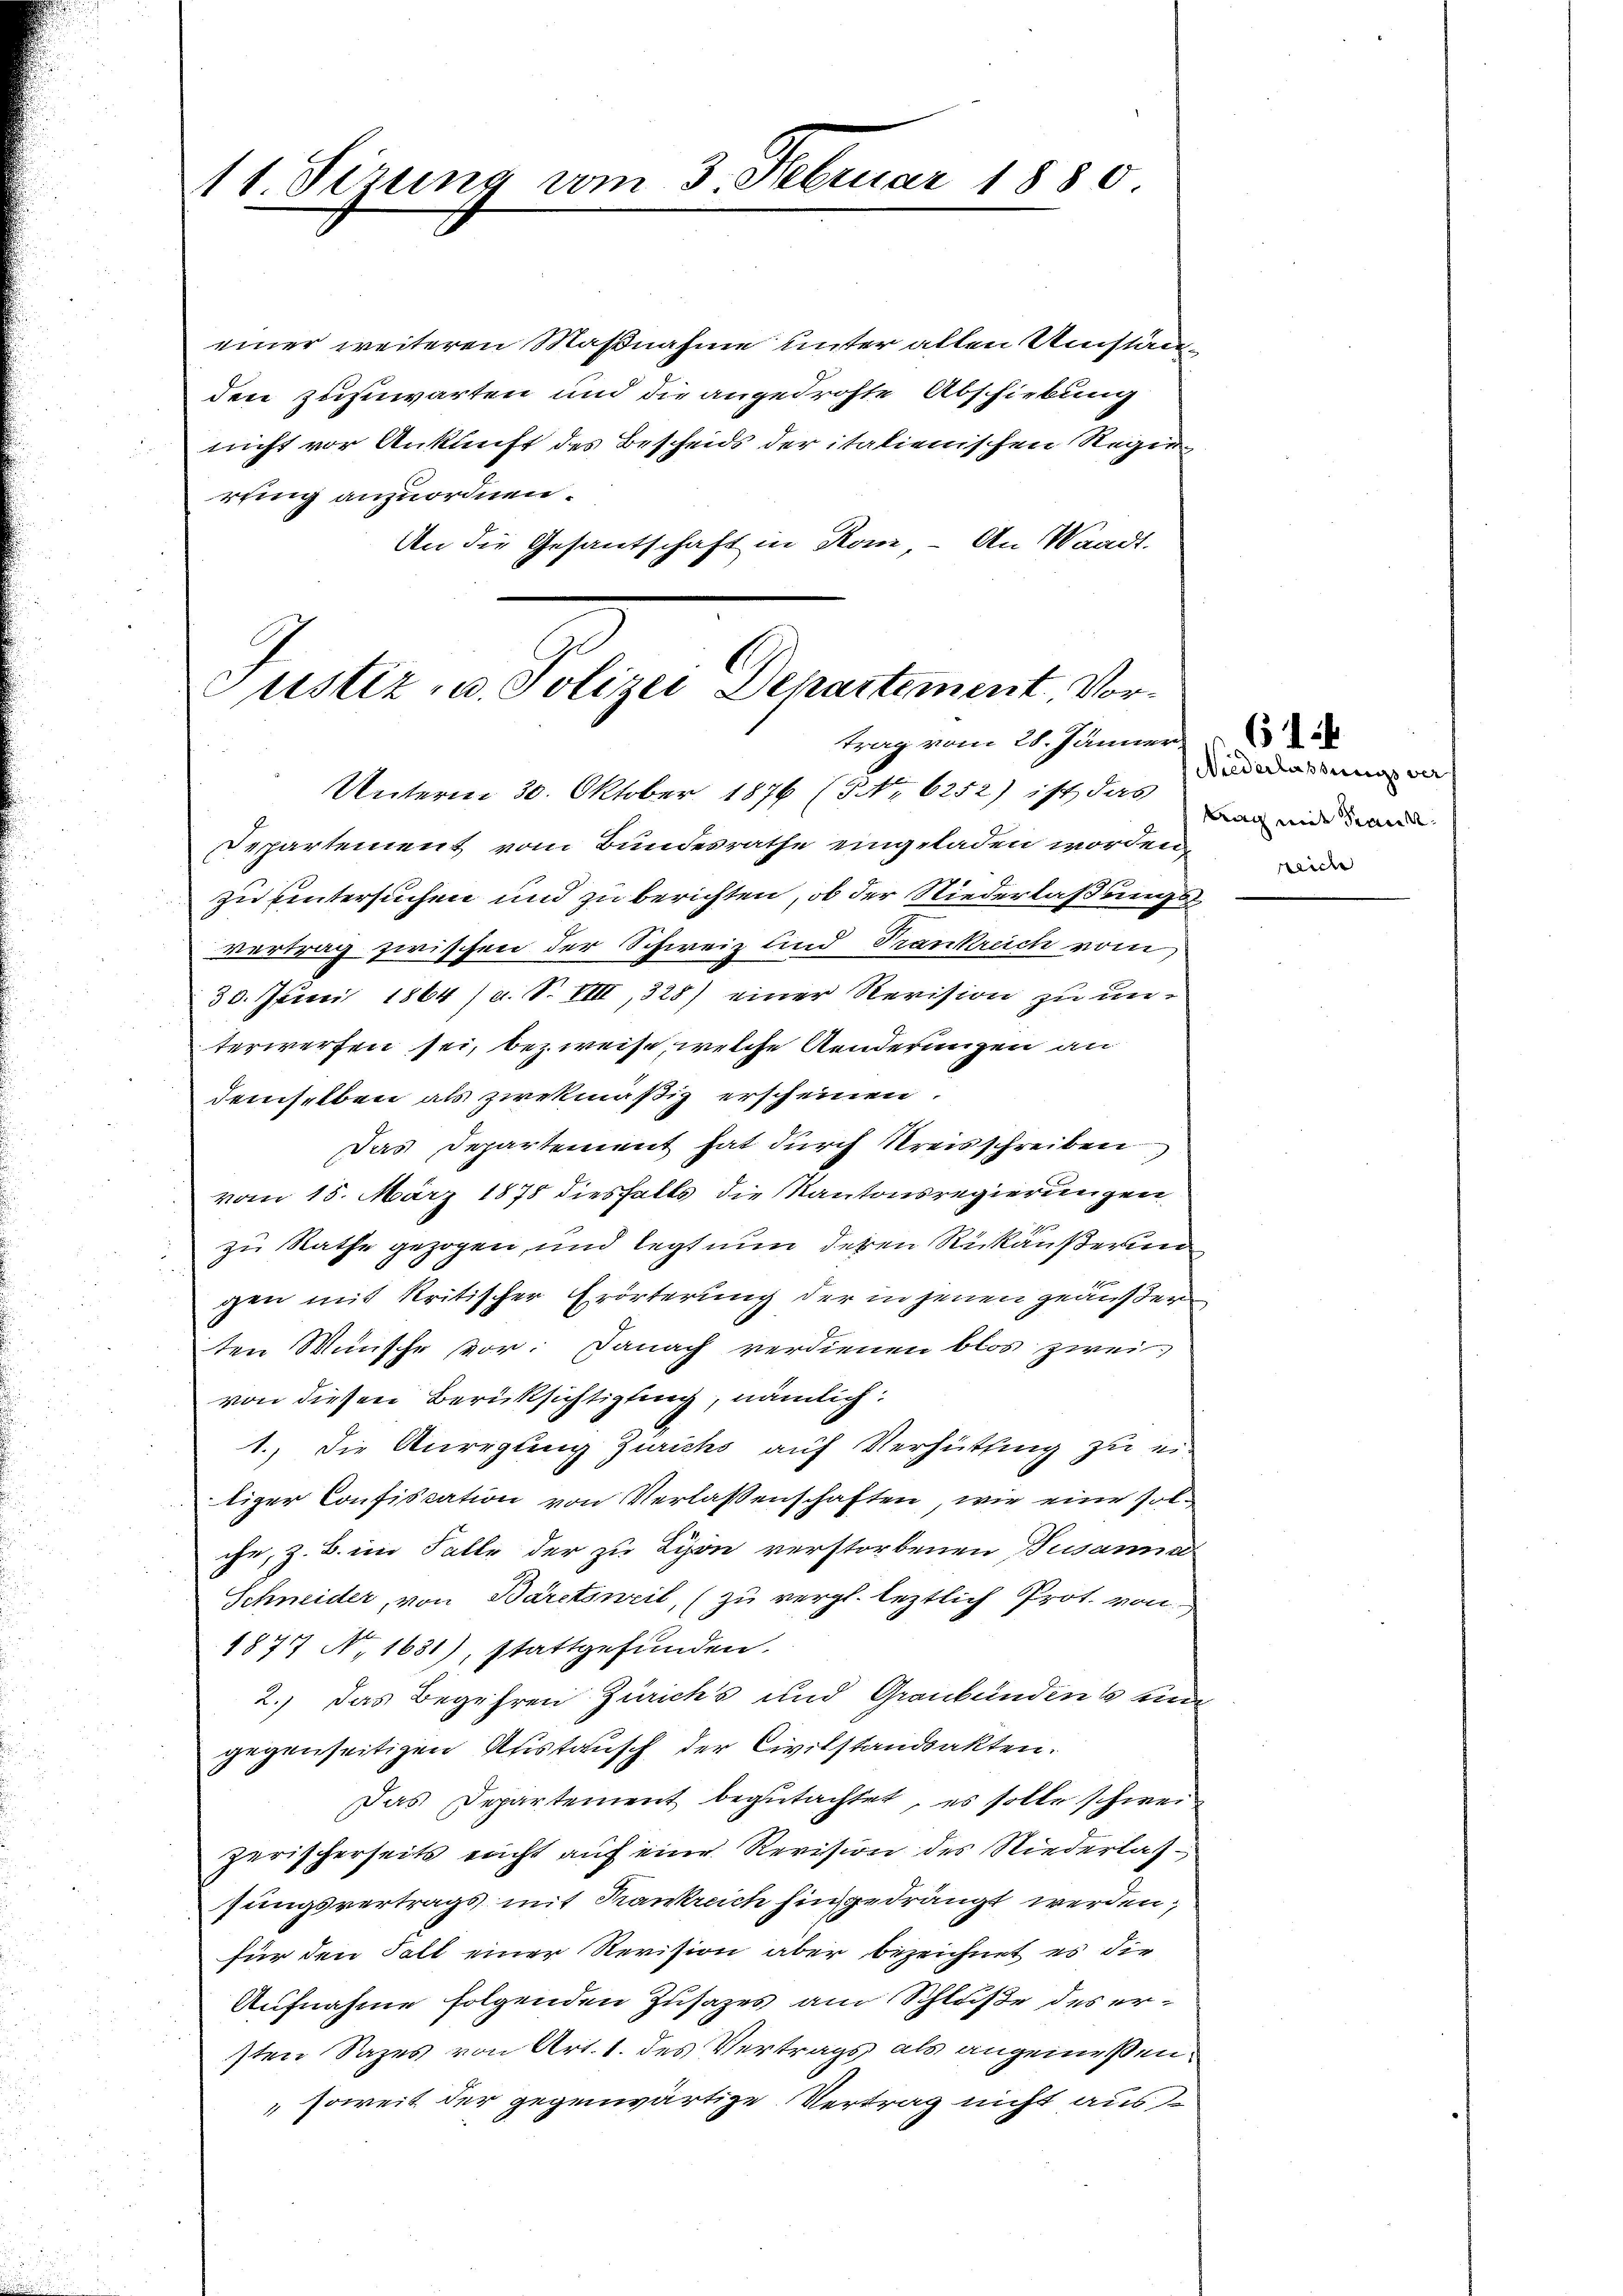
einer weiteren Maßnahme unter allen Umständen zuzuwarten und die angedrohte Abschiebung
nicht vor Ankunft des Bescheids der italienischen Regierung anzuordnen.
An die Gesantschaft in Rom - An Waadt.

A1. Sirung vom 3. Februar 1880

Justiz- u. Polizei Departement. Vortrag vom 28. Jänner

Unterm 30. Oktober 1876 (NNo. 6252) ist das
Departement vom Bundesrathe eingeladen worden,
zu untersuchen und zu berichten, ob der Niederlaßungs
vertrag zwischen der Schweiz und Trankreich vom
30. Juni 1864 / a. S. VIII, 328) einer Revision zu unterwerfen sei, bezweise, welche Aenderungen an
demselben als zwekmäßig erscheinen.
Das Departement hat durch Kreisschreiben
vom 15. März 1878 diesfalls die Kantonsregierungen
zu Rathe gezogen, und legt nun deren Rückäußerun
gen mit kritischer Erörterung der in jenen geäußer
ten Wünsche vor. Danach verdienen blos zwei-
von diesen Berüksichtigung, nämlich:
1., die Anregung Zürichs auf Verhüttung zu eitiger Confiscation von Verlassenschaften, wie eine solche, z. B. im Falle der zu Lyon verstorbenen Susanna
Schneider, von Bäretsweil, (zu vergl. leztlich Prot. von
1877 N. 1631), stattgefunden.
2.) Das Begehren Zürichs und Graubünden un
gegenseitigen Austausch der Civilstandsakten.
Das Departement begutachtet, es solle schweizerischerseits nicht auf eine Revision des Niederlassungsvertrags mit Krankreich hin gedrängt werden;
für den Fall einer Revision aber bezeichnet es die
Aufnahme folgenden Zusatzes am Schluße des ersten Sazes von Art. 1. des Vertrags als angemeßen¬
" soweit der gegenwärtige Vertrag nicht aus

Niederlassungs ver
trag mit Krankreiche

614